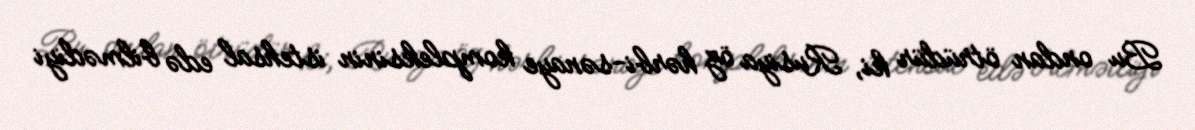
Bu ondan ötrüdür ki, Rusiya öz hərbi-sənaye kompleksinin istehsal edə bilmədiyi